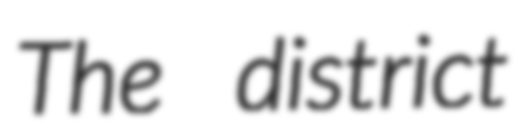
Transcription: The district